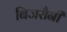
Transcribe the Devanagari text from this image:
बिजरौनी